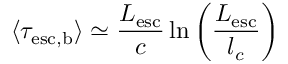
\langle \tau _ { \mathrm { e s c , b } } \rangle \simeq \frac { L _ { \mathrm { e s c } } } { c } \ln { \left( \frac { L _ { \mathrm { e s c } } } { l _ { c } } \right) }